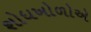
શોધખોળોએ